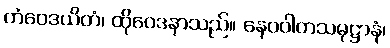
တံဝေဒယိတံ၊ ထိုဝေဒနာသည်။ နေဝဝါတသမုဋ္ဌာနံ၊